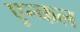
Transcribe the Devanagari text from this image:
एन्कल